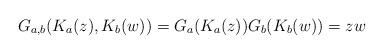
LaTeX: \begin{align*}G_{a,b}(K_a(z),K_b(w)) = G_a(K_a(z))G_b(K_b(w)) = zw\end{align*}